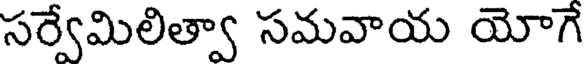
సర్వేమిలిత్వా సమవాయ యోగే